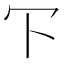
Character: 㓀